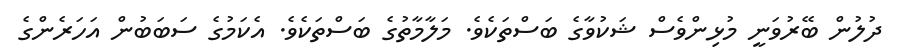
ދުލުން ބޭރުވަނީ މުޅިންވެސް ޝަކުވާގެ ބަސްތަކެވެ. މަލާމާތުގެ ބަސްތަކެވެ. އެކަމުގެ ސަބަބުން އަހަރެންގެ